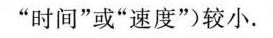
”时间”或”速度”)较小.